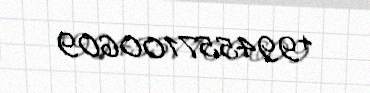
+994557100609